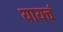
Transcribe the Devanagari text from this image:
यायचं